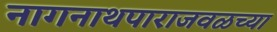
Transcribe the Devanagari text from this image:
नागनाथपाराजवळच्या